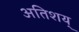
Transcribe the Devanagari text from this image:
अतिशय्